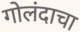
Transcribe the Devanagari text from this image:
गोलंदाचा